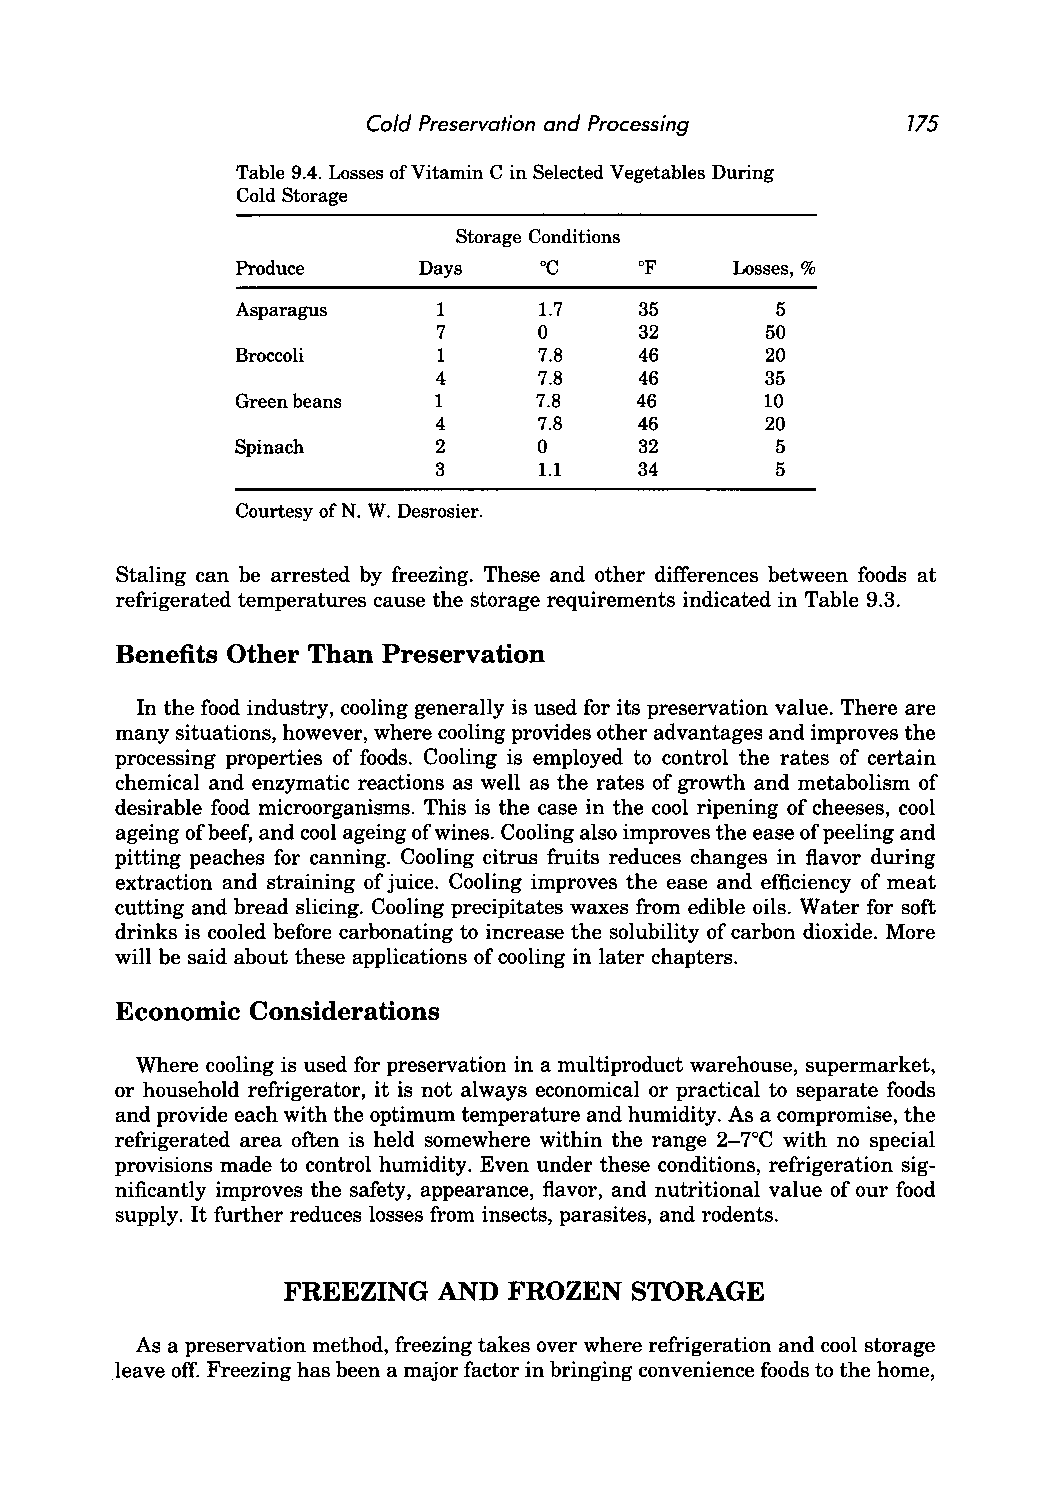
Cold Preservation and Processing    775
 Table 9.4. Losses of Vitamin C in Selected Vegetables During
 Cold Storage
 Storage Conditions
 Produce     Days    °C    of    Losses, %
 Asparagus    1      1.7   35       5
 7      0     32       50
 Broccoli     1      7.8   46       20
 4      7.8   46       35
 Green beans  1     7.8    46       10
 4      7.8   46       20
 Spinach      2      0     32       5
 3      1.1   34       5
 Courtesy of N. W. Desrosier.
 Staling can be arrested by freezing. These and other differences between foods at
 refrigerated temperatures cause the storage requirements indicated in Table 9.3.
 Benefits Other Than Preservation
 In the food industry, cooling generally is used for its preservation value. There are
 many situations, however, where cooling provides other advantages and improves the
 processing properties of foods. Cooling is employed to control the rates of certain
 chemical and enzymatic reactions as well as the rates of growth and metabolism of
 desirable food microorganisms. This is the case in the cool ripening of cheeses, cool
 ageing of beef, and cool ageing of wines. Cooling also improves the ease of peeling and
 pitting peaches for canning. Cooling citrus fruits reduces changes in flavor during
 extraction and straining of juice. Cooling improves the ease and efficiency of meat
 cutting and bread slicing. Cooling precipitates waxes from edible oils. Water for soft
 drinks is cooled before carbonating to increase the solubility of carbon dioxide. More
 will be said about these applications of cooling in later chapters.
 Economic Considerations
 Where cooling is used for preservation in a multiproduct warehouse, supermarket,
 or household refrigerator, it is not always economical or practical to separate foods
 and provide each with the optimum temperature and humidity. As a compromise, the
 refrigerated area often is held somewhere within the range 2-7°C with no special
 provisions made to control humidity. Even under these conditions, refrigeration sig
 nificantly improves the safety, appearance, flavor, and nutritional value of our food
 supply. It further reduces losses from insects, parasites, and rodents.
 FREEZING  AND  FROZEN  STORAGE
 As a preservation method, freezing takes over where refrigeration and cool storage
 leave off. Freezing has been a major factor in bringing convenience foods to the home,